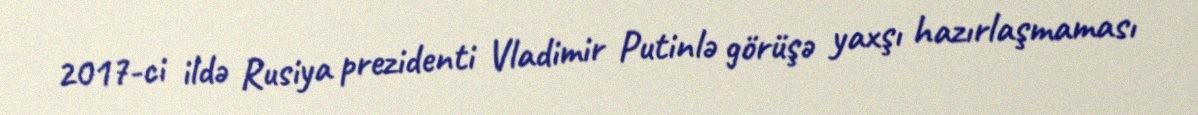
2017-ci ildə Rusiya prezidenti Vladimir Putinlə görüşə yaxşı hazırlaşmaması